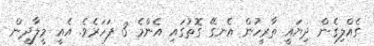
ގެއްލިގެން ދިޔައީ ތާރީހުން އެނގޭ ގޮތުގައި އެންމެ 3 ފަހަރެވެ. އެއީ މީލާދީން